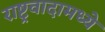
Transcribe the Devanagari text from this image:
राष्ट्रवादामध्ये